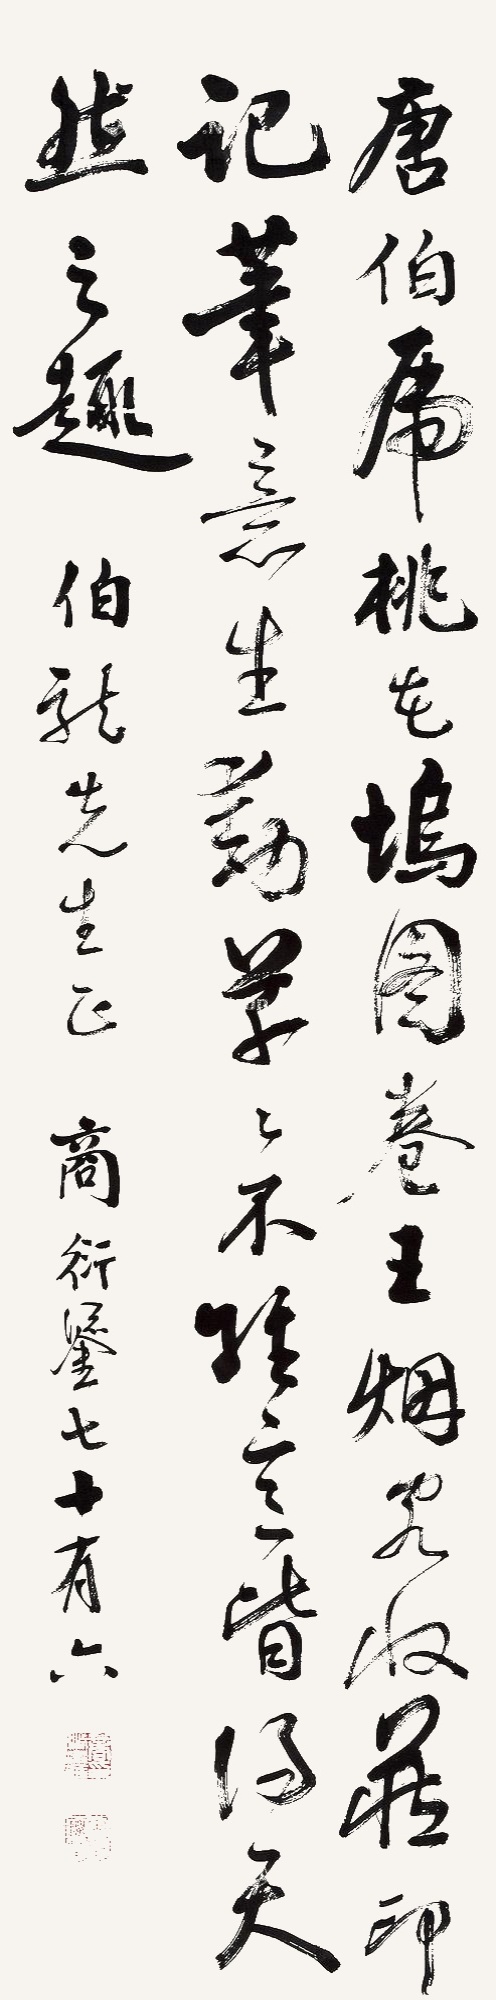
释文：唐伯虎《桃花坞图卷》，王烟客收藏印记。笔意生动，草草不经意，皆得天然之趣。伯龙先生正。商衍鎏七十有六。